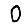
Digit: 0